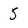
Character: 5